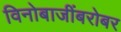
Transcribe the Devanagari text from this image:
विनोबाजींबरोबर